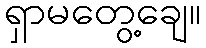
ရှာမတွေ့ချေ။